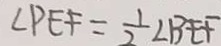
\angle P E F = \frac { 1 } { 2 } \angle B E F